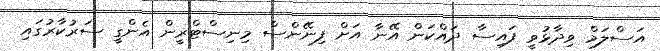
އަސްލަމް ވިދާޅުވީ ފައިސާ ދައްކަން އޭނާ އަށް ފިނޭންސް މިނިސްޓްރީން އެންގީ ސަރުކާރުގައި